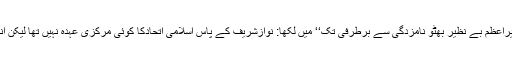
اتحاد کے سیکرٹری جنرل پروفیسر غفوراحمد نے اپنی کتاب’’وزیراعظم بے نظیر بھٹو نامزدگی سے برطرفی تک‘‘ میں لکھا: نوازشریف کے پاس اسلامی اتحادکا کوئی مرکزی عہدہ نہیں تھا لیکن انتخابی مہم میں انہیں مرکزی کردار کی حیثیت حاصل ہوگئی تھی۔